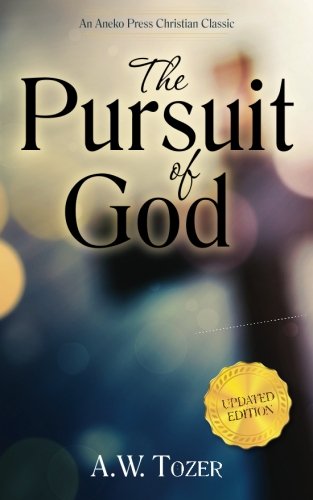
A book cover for The Pursuit of God: Updated Edition; A. W. Tozer; Christian Books & Bibles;